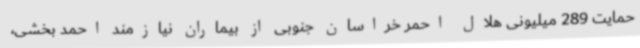
حمایت 289 میلیونی هلال احمر خراسان جنوبی از بیماران نیازمند احمد بخشی،